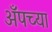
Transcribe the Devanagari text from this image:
अँपच्या